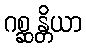
ဂစ္ဆန္တိယာ